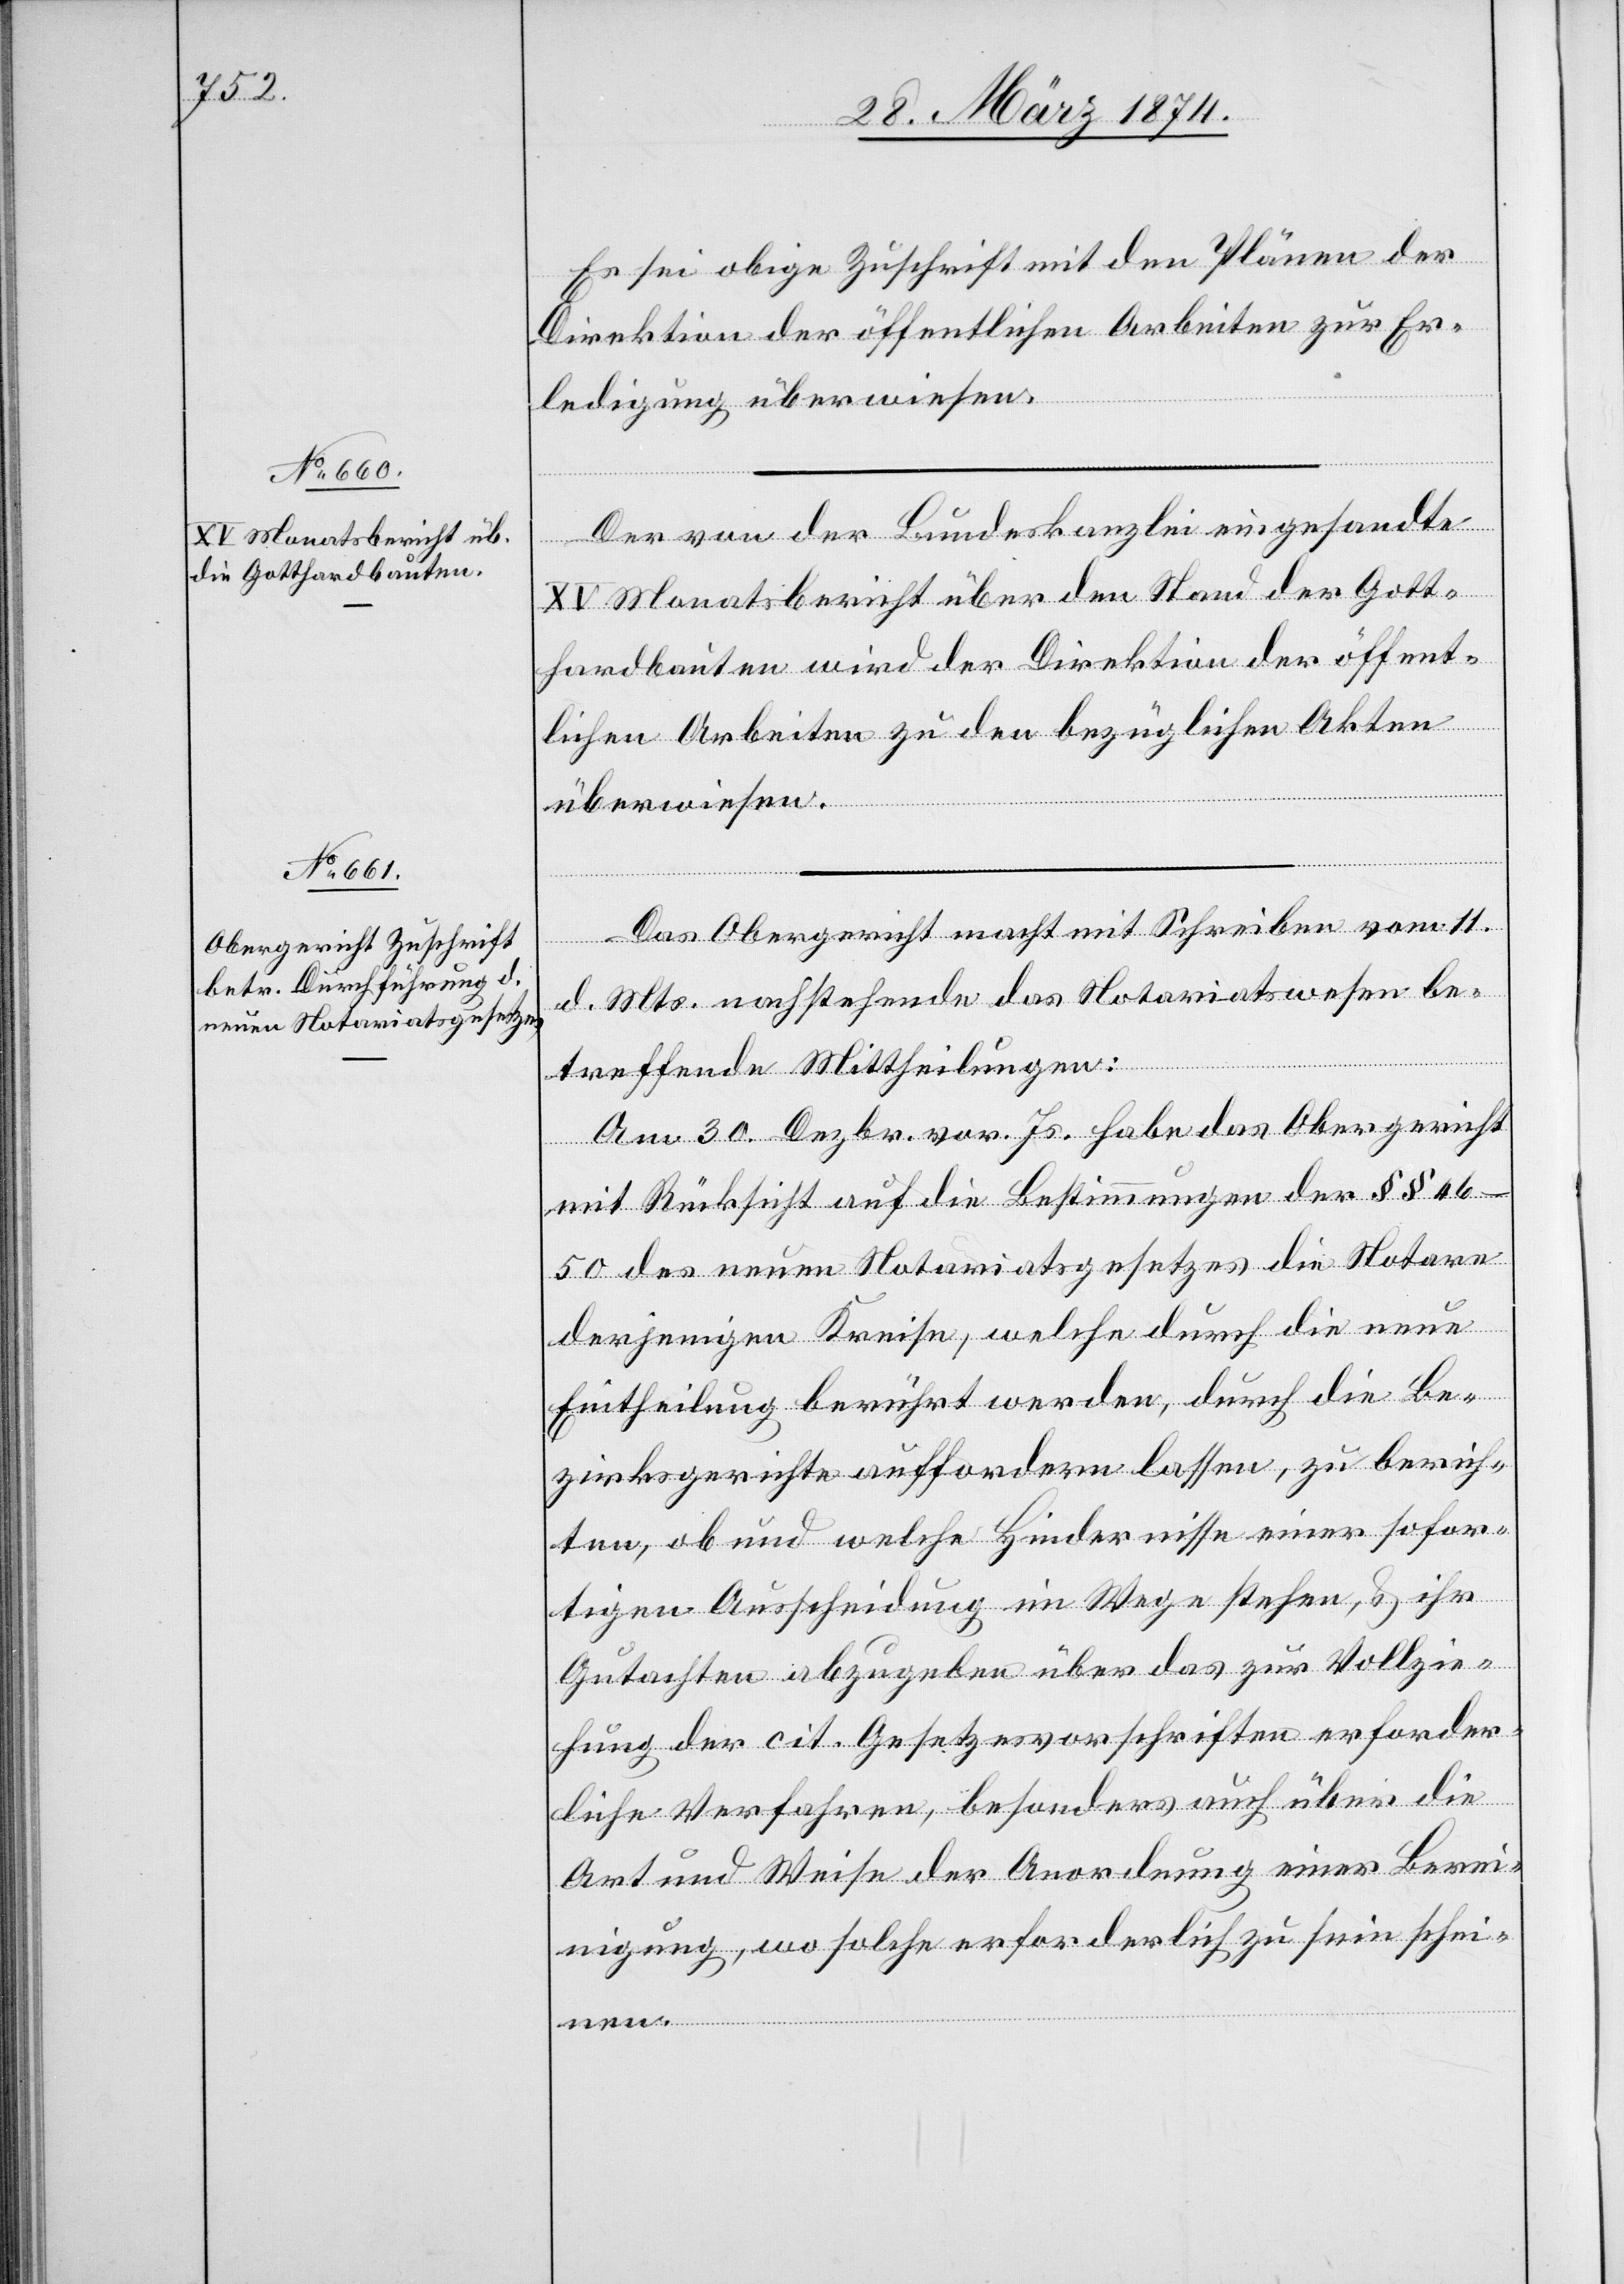
Es sei obige Zuschrift mit den Plänen der
Direktion der öffentlichen Arbeiten zur Er¬
ledigung überwiesen.
Der von der Bundeskanzlei eingesandte
XV Monatsbericht über den Stand der Gott¬
hardbauten wird der Direktion der öffent¬
lichen Arbeiten zu den bezüglichen Akten
überwiesen.
Das Obergericht macht mit Schreiben vom 11.
d. Mts. nachstehende das Notariatswesen be¬
treffende Mittheilungen:
Am 30. Dezbr. vor. Js. habe das Obergericht
mit Rücksicht auf die Bestimmungen der §§
46–50 des neuen Notariatsgesetzes die Notare
derjenigen Kreise, welche durch die neue
Eintheilung berührt werden, durch die Be¬
zirksgerichte auffordern lassen, zu berich¬
ten, ob und welche Hindernisse einer sofor¬
tigen Ausscheidung im Wege stehen, u. ihr
Gutachten abzugeben über das zur Vollzie¬
hung der cit. Gesetzesvorschriften erforder¬
liche Verfahren, besonders auch über die
Art und Weise der Anordnung einer Berei¬
nigung, wo solche erforderlich zu sein schei¬
nen.